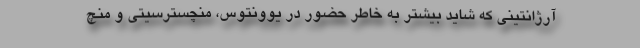
آرژانتینی که شاید بیشتر به خاطر حضور در یوونتوس، منچسترسیتی و منچ